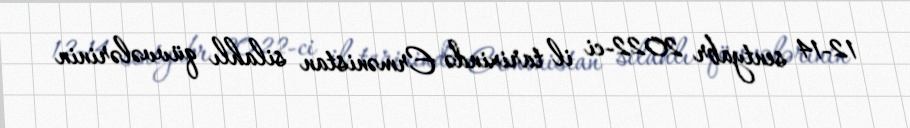
12-14 sentyabr 2022-ci il tarixində Ermənistan silahlı qüvvələrinin